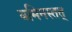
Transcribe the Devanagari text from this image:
यमिनस्तत्